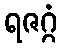
ရဇဂ္ဂံ